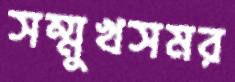
সম্মুখসমর